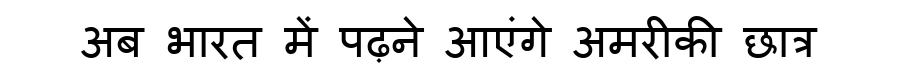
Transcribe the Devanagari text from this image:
अब भारत में पढ़ने आएंगे अमरीकी छात्र